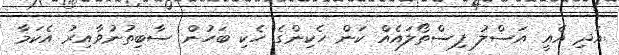
އަދި އެއީ އަސްލު ފިސްތޯލައެއް ކަން ހެކިންގެ ހެކި ބަހުން ސާބިތުނުވާއިރު އެކަމާ